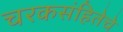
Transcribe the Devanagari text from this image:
चरकसंहितेचे